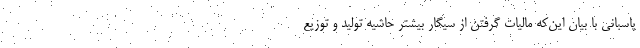
پاسبانی با بیان این‌که مالیات گرفتن از سیگار بیشتر حاشیه تولید و توزیع